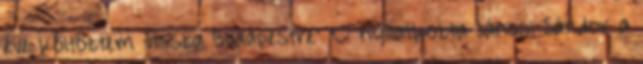
éve költöztem vissza Budapestre” – nyilatkozta Jánosi Sándor a